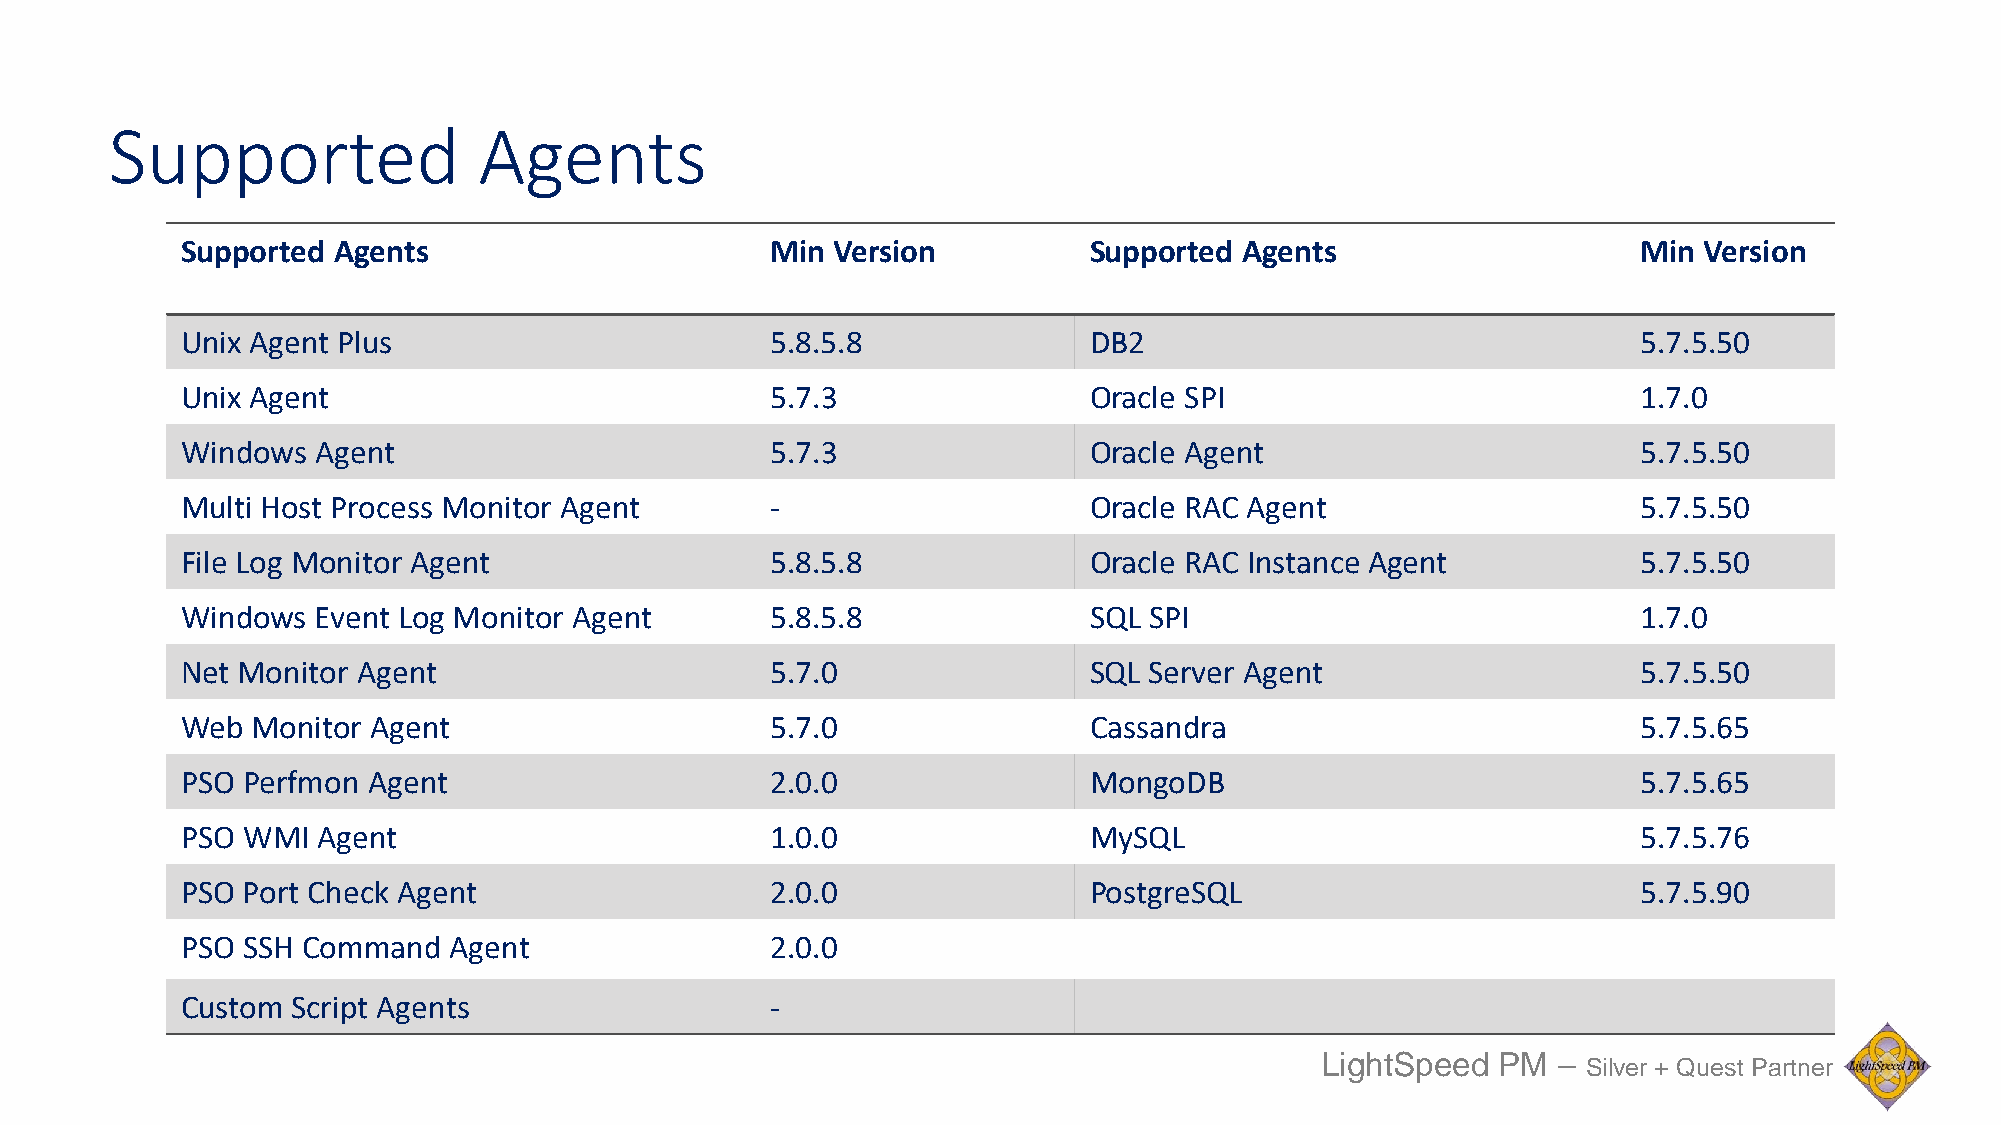
Supported                Agents
 Supported Agents                       Min Version          Supported Agents                     Min Version
 Unix Agent Plus                        5.8.5.8              DB2                                  5.7.5.50
 Unix Agent                             5.7.3                Oracle SPI                           1.7.0
 Windows  Agent                         5.7.3                Oracle Agent                         5.7.5.50
 Multi Host Process Monitor Agent       -                    Oracle RAC Agent                     5.7.5.50
 File Log Monitor Agent                 5.8.5.8              Oracle RAC Instance Agent            5.7.5.50
 Windows  Event Log Monitor Agent       5.8.5.8              SQL SPI                              1.7.0
 Net Monitor Agent                      5.7.0                SQL Server Agent                     5.7.5.50
 Web  Monitor Agent                     5.7.0                Cassandra                            5.7.5.65
 PSO Perfmon Agent                      2.0.0                MongoDB                              5.7.5.65
 PSO WMI  Agent                         1.0.0                MySQL                                5.7.5.76
 PSO Port Check Agent                   2.0.0                PostgreSQL                           5.7.5.90
 PSO SSH Command   Agent                2.0.0
 Custom Script Agents                   -
 LightSpeed  PM  –
 Silver + Quest Partner